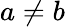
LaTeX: a\neq b